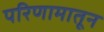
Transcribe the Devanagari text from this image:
परिणामातून